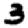
Digit: 3